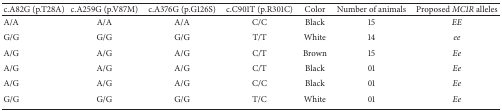
<table><thead><tr><td><b>c.A82G (p.T28A)</b></td><td><b>c.A259G (p.V87M)</b></td><td><b>c.A376G (p.G126S)</b></td><td><b>c.C901T (p.R301C)</b></td><td><b>Color</b></td><td><b>Number of animals</b></td><td><b>Proposed <i>MC1R</i> alleles</b></td></tr></thead><tbody><tr><td>A/A</td><td>A/A</td><td>A/A</td><td>C/C</td><td>Black</td><td>15</td><td><i>EE </i></td></tr><tr><td>G/G</td><td>G/G</td><td>G/G</td><td>T/T</td><td>White</td><td>14</td><td><i>ee </i></td></tr><tr><td>A/G</td><td>A/G</td><td>A/G</td><td>C/T</td><td>Brown</td><td>15</td><td><i>Ee </i></td></tr><tr><td>A/G</td><td>A/G</td><td>A/G</td><td>C/T</td><td>Black</td><td>01</td><td><i>Ee </i></td></tr><tr><td>A/G</td><td>A/G</td><td>A/G</td><td>C/C</td><td>Black</td><td>01</td><td><i>Ee </i></td></tr><tr><td>G/G</td><td>G/G</td><td>G/G</td><td>T/C</td><td>White</td><td>01</td><td><i>Ee </i></td></tr></tbody></table>